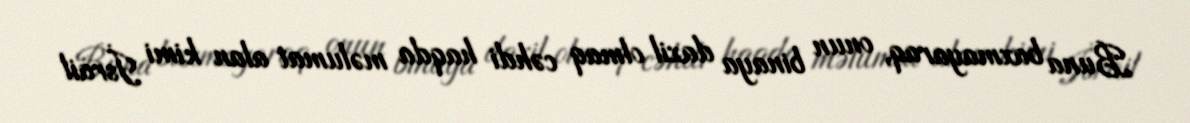
Buna baxmayaraq, onun binaya daxil olmaq cəhdi haqda məlumat alan kimi İsrail